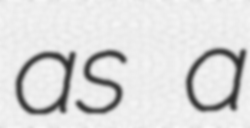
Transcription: as a